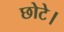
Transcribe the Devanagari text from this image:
छोटे।